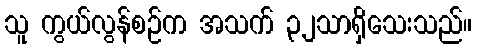
သူ ကွယ်လွန်စဉ်က အသက် ၃၂သာရှိသေးသည်။